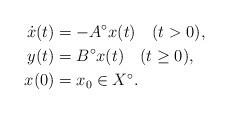
LaTeX: \begin{align*} \dot{x}(t) & = -A^{\circ}x(t) \quad(t>0),\\ y(t) & = B^{\circ}x(t) \quad(t\geq 0),\\ x(0) & = x_0 \in X^\circ.\end{align*}